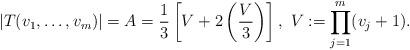
LaTeX: \begin{align*} |T(v_1,\ldots,v_m)| = A = \frac{1}{3}\left[V+2\left(\frac{V}{3}\right)\right], \ V:=\prod_{j=1}^m(v_j+1).\end{align*}